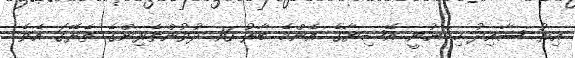
އިރު ސާއިދު ހިމެނުނީ އޭޝިޔާގެ އެންމެ ބާރު 16 ދުވުންތެރިންގެ ތެރޭގަ އެވެ.